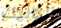
الداليك